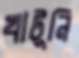
খাটূনি